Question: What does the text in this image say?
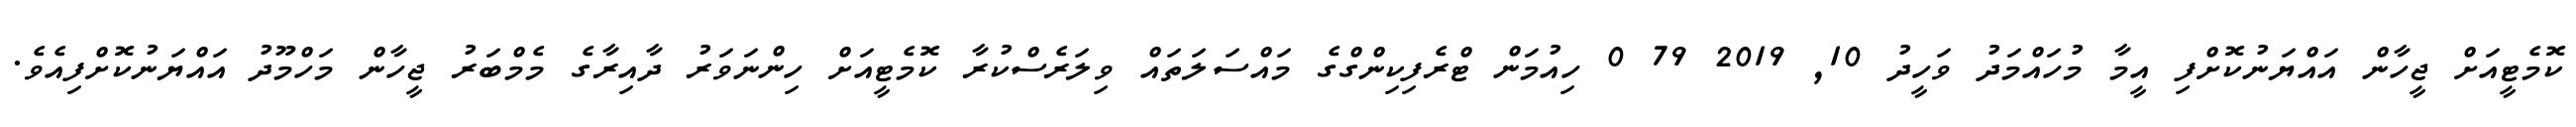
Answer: ކޮމެޓީއަށް ޖީހާން އައްޔަނުކޮށްފި އީމާ މުހައްމަދު ވަހީދު 10, 2019 79 0 ހިއުމަން ޓްރެފިކިންގްގެ މައްސަލަތައް ވިލަރެސްކުރާ ކޮމެޓީއަށް ހިންނަވަރު ދާއިރާގެ މެމްބަރު ޖީހާން މަހްމޫދު އައްޔަނުކޮށްފިއެވެ.